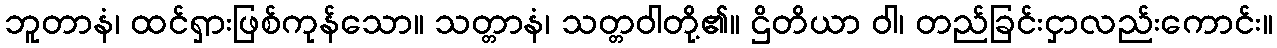
ဘူတာနံ၊ ထင်ရှားဖြစ်ကုန်သော။ သတ္တာနံ၊ သတ္တဝါတို့၏။ ဌိတိယာ ဝါ၊ တည်ခြင်းငှာလည်းကောင်း။